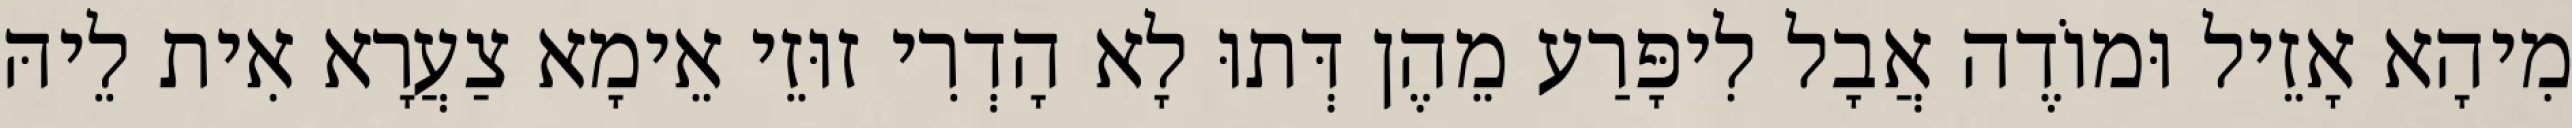
מִיהָא אָזֵיל וּמוֹדֶה אֲבָל לִיפָּרַע מֵהֶן דְּתוּ לָא הָדְרִי זוּזֵי אֵימָא צַעֲרָא אִית לֵיהּ